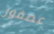
عصفور